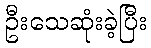
ဦးသေဆုံးခဲ့ပြီး